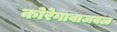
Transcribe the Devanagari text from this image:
कोरेगावाजवळ